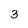
Character: 3